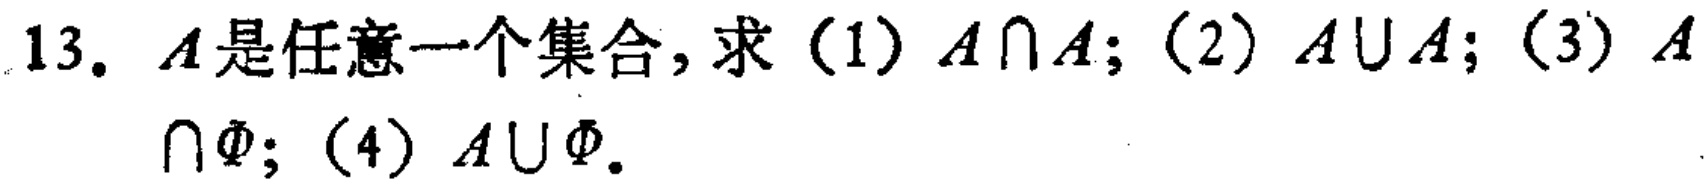
13. \(A\)是任意一个集合，求（1）\(A\cap A\)；（2）\(A\cup A\)；（3）\(A\cap\varnothing\)；（4）\(A\cup\varnothing\)。